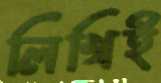
লিখিই